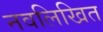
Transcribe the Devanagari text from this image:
नवलिखित